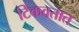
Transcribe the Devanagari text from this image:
टिकवतात